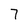
Character: 7